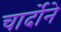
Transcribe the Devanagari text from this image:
चार्दोने